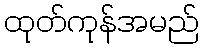
ထုတ်ကုန်အမည်